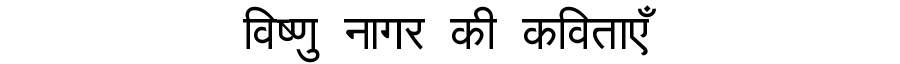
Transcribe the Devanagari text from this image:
विष्णु नागर की कविताएँ